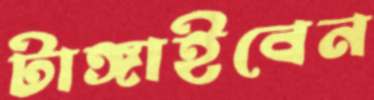
টাঙ্গাইবেন